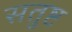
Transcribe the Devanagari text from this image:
सतुष्ट